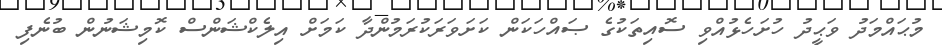
މުޙައްމަދު ވަޙީދު ހުށަހެޅުއްވި ސޮއިތަކުގެ ޞައްހަކަން ކަށަވަރަކުރަމުންދާ ކަމަށް އިލެކްޝަންސް ކޮމިޝަނުން ބުނެފި